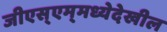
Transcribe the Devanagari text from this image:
जीएस्‌एम्‌मध्येदेखील